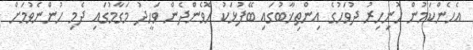
އެހެންކަމުން ހޮނިހިރު ދުވަހުގެ އިންތިޚާބުގައި ބޭފުޅަކު ހޮވެންދެން ވަހީދު މަގާމުގައި ދެމި ހުންނެވުމަށް